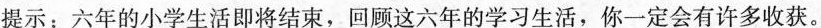
提示：六年的小学生活即将结束，回顾这六年的学习生活，你一定会有许多收获。